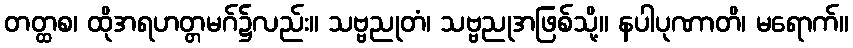
တတ္ထစ၊ ထိုအရဟတ္တမဂ်၌လည်း။ သဗ္ဗညုတံ၊ သဗ္ဗညုအဖြစ်သို့။ နပါပုဏာတိ၊ မရောက်။